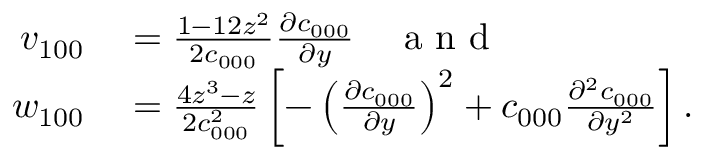
\begin{array} { r l } { v _ { 1 0 0 } } & { { } = \frac { 1 - 1 2 z ^ { 2 } } { 2 c _ { 0 0 0 } } \frac { \partial c _ { 0 0 0 } } { \partial y } \quad \mathrm { ~ a ~ n ~ d ~ } } \\ { w _ { 1 0 0 } } & { { } = \frac { 4 z ^ { 3 } - z } { 2 c _ { 0 0 0 } ^ { 2 } } \left[ - \left( \frac { \partial c _ { 0 0 0 } } { \partial y } \right) ^ { 2 } + c _ { 0 0 0 } \frac { \partial ^ { 2 } c _ { 0 0 0 } } { \partial y ^ { 2 } } \right] . } \end{array}